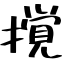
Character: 撹